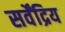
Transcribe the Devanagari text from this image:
सर्वेंद्रिय